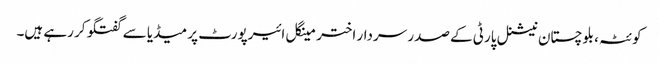
کوئٹہ، بلوچستان نیشنل پارٹی کے صدر سردار اختر مینگل ائیرپورٹ پر میڈیا سے گفتگو کر رہے ہیں۔